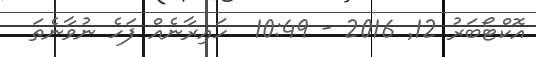
އޮކްޓޯބަރު 12